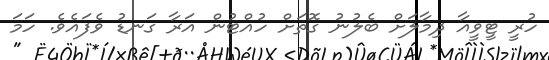
ހުރީ ޓީވީއާ ދިމާލަށް ބެލުނު ގޮތަށް ހުއްޓުން އަރާ ގަނޑު ވެފައެވެ. ހަމަ